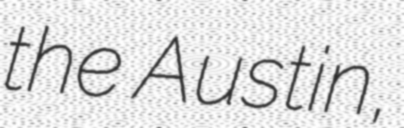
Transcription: the Austin,